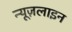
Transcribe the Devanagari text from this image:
न्यूज़लाइन